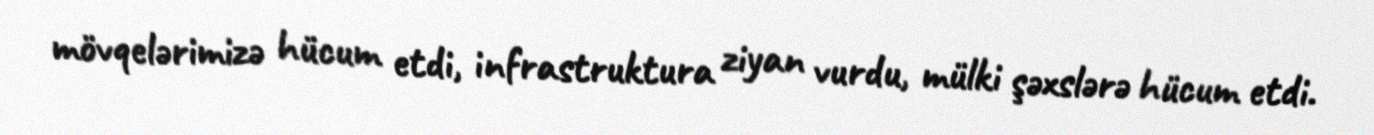
mövqelərimizə hücum etdi, infrastruktura ziyan vurdu, mülki şəxslərə hücum etdi.